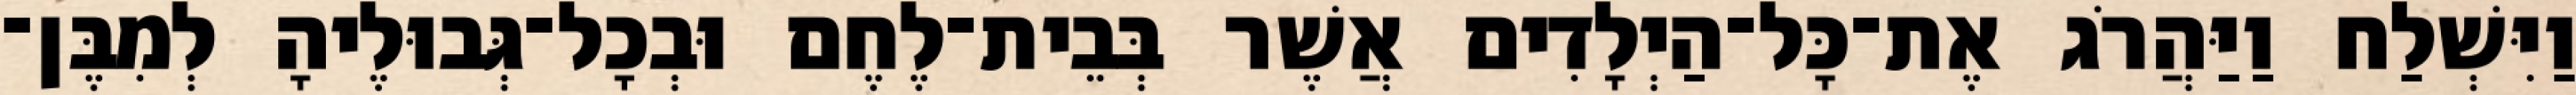
וַיִּשְׁלַח וַיַּהֲרֹג אֶת־כָּל־הַיְלָדִים אֲשֶׁר בְּבֵית־לֶחֶם וּבְכָל־גְּבוּלֶיהָ לְמִבֶּן־